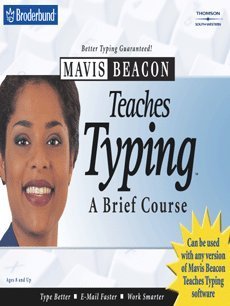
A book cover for Mavis Beacon Teaches Typing: A Brief Course; Lawrence W. Erickson; Business & Money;